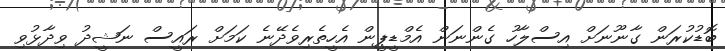
ބޮޑުކުރަން ގާނޫނަށް އިސްލާހު ގެންނަން އެމްޑީޕީން އެހީތެރިވެދޭނެ ކަމަށް ރައީސް ނަޝީދު ވިދާޅުވި